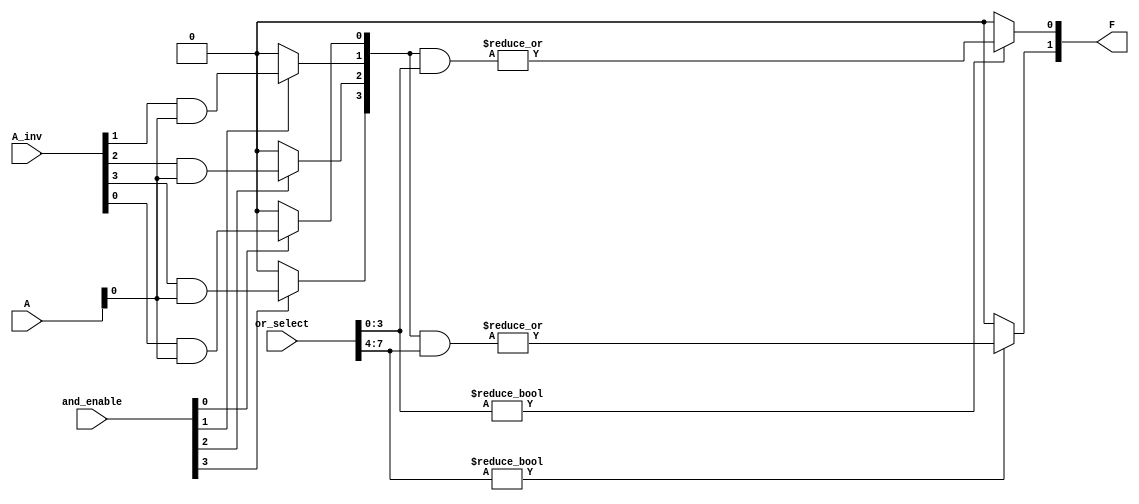
module PLA #(parameter N = 4,  // Number of inputs
             parameter M = 4,  // Number of AND gates
             parameter K = 2   // Number of OR gates
            ) (
    input [N-1:0] A,          // Input signals A[0] to A[N-1]
    input [N-1:0] A_inv,      // Inverted inputs (to connect to AND gates)
    input [M-1:0] and_enable, // Enable signals for AND gates
    input [K*M-1:0] or_select, // Connection select for OR gates
    output reg [K-1:0] F       // Output signals F[0] to F[K-1]
);

// Internal signals for AND gate outputs
wire [M-1:0] P;

// Generate AND gates based on programmable connections
genvar i;
generate
    for (i = 0; i < M; i = i + 1) begin : and_array
        assign P[i] = and_enable[i] ? (A_inv[i] & A[0]) : 1'b0; // Placeholder for programmable connections
    end
endgenerate

// OR gates to generate outputs based on AND gate outputs
integer j;
always @(*) begin
    // Initialize outputs to zero
    F = 0;
    
    // Generate outputs based on OR gate connections
    for (j = 0; j < K; j = j + 1) begin
        if (or_select[j * M +: M]) begin
            F[j] = |(P & or_select[j * M +: M]); // OR combination of selected AND outputs
        end
    end
end

endmodule